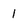
Character: 1